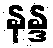
နန္ဒ